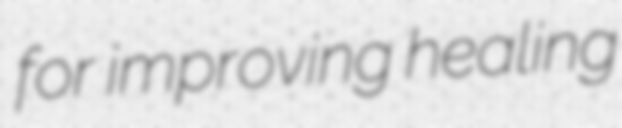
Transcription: for improving healing